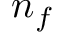
n _ { f }